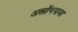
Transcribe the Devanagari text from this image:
अलोंगपाया